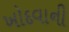
ખોદવાની